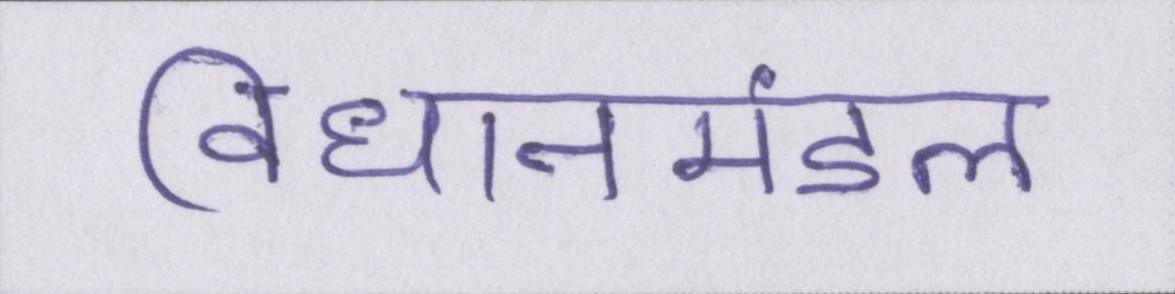
विधानमंडल